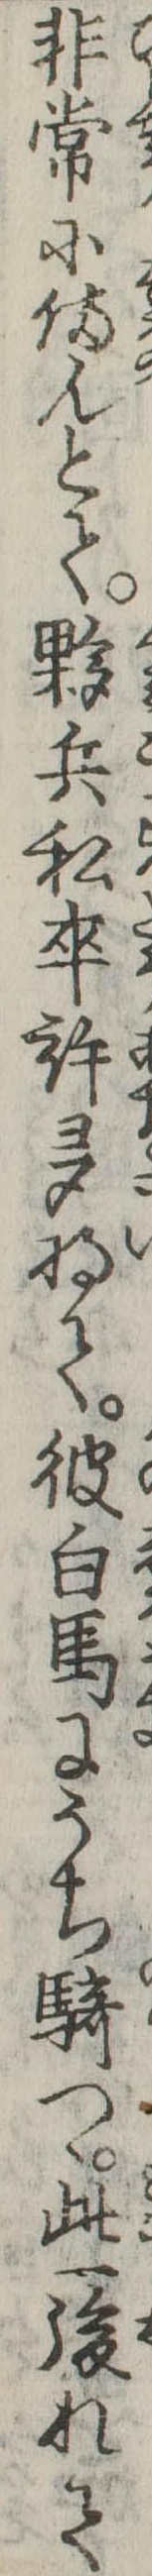
非常に備んとて夥兵私卒許多将て彼白馬にうち騎つゝ些後れて